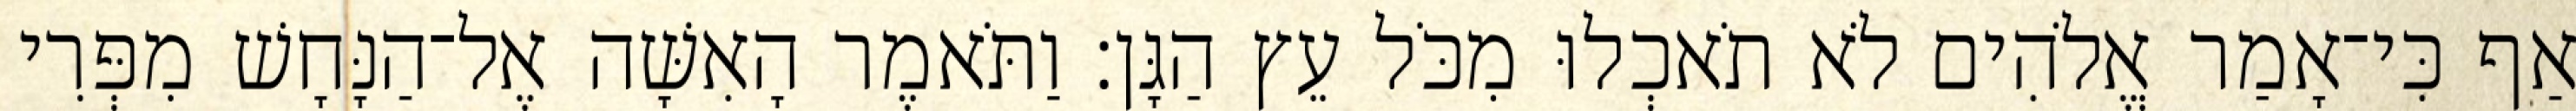
אַף כִּי־אָמַר אֱלֹהִים לֹא תֹאכְלוּ מִכֹּל עֵץ הַגָּן׃ וַתֹּאמֶר הָאִשָּׁה אֶל־הַנָּחָשׁ מִפְּרִי